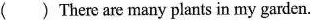
（）There are many plants in my garden.